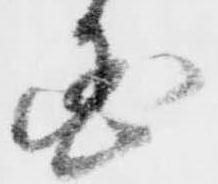
国